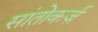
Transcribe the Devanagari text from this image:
सांतोकर्ज़